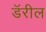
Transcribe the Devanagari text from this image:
डॅरील